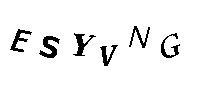
ESYVNG